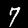
Label: 7